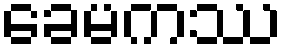
ခေမကဿ